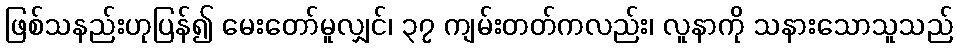
ဖြစ်သနည်းဟုပြန်၍ မေးတော်မူလျှင်၊ ၃၇ ကျမ်းတတ်ကလည်း၊ လူနာကို သနားသောသူသည်